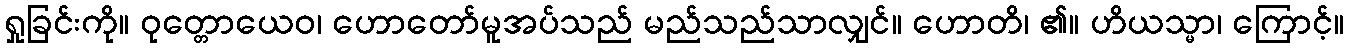
ရှုခြင်းကို။ ဝုတ္တောယေဝ၊ ဟောတော်မူအပ်သည် မည်သည်သာလျှင်။ ဟောတိ၊ ၏။ ဟိယသ္မာ၊ ကြောင့်။